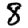
Digit: 8